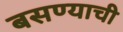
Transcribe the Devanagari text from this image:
बसण्‍याची